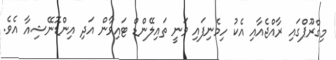
މިގްރޫޕްގައި ރާއްޖެއާއި އެކު ހިމެނިފައި ވަނީ ތައިލޭންޑް ޓައިވާން އަދި އިންޑޮނޭޝިއާ އެވެ.